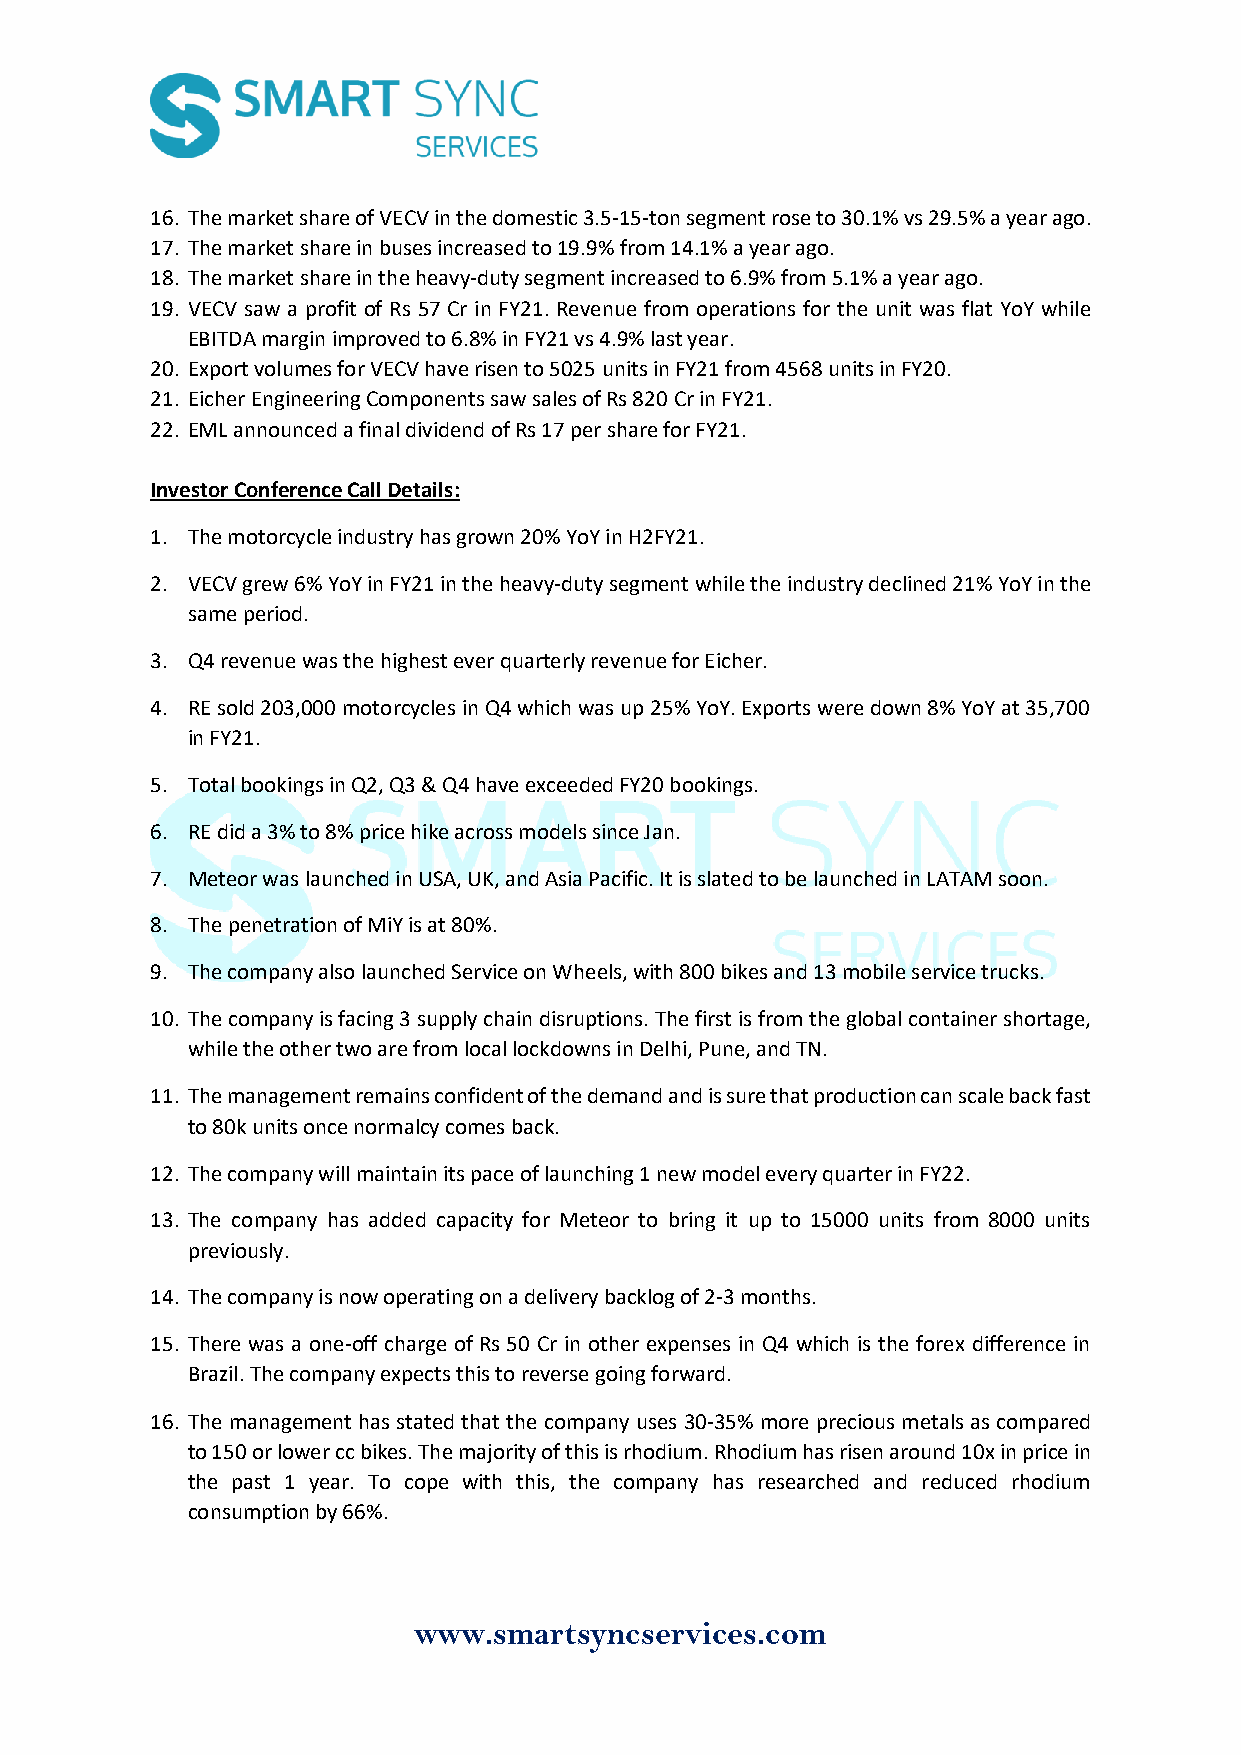
16. The market share of VECV in the domestic 3.5-15-ton segment rose to 30.1% vs 29.5% a year ago.
 17. The market share in buses increased to 19.9% from 14.1% a year ago.
 18. The market share in the heavy-duty segment increased to 6.9% from 5.1% a year ago.
 19. VECV saw a profit of Rs 57 Cr in FY21. Revenue from operations for the unit was flat YoY while
 EBITDA margin improved to 6.8% in FY21 vs 4.9% last year.
 20. Export volumes for VECV have risen to 5025 units in FY21 from 4568 units in FY20.
 21. Eicher Engineering Components saw sales of Rs 820 Cr in FY21.
 22. EML announced a final dividend of Rs 17 per share for FY21.
 Investor Conference Call Details:
 1. The motorcycle industry has grown 20% YoY in H2FY21.
 2. VECV grew 6% YoY in FY21 in the heavy-duty segment while the industry declined 21% YoY in the
 same period.
 3. Q4 revenue was the highest ever quarterly revenue for Eicher.
 4. RE sold 203,000 motorcycles in Q4 which was up 25% YoY. Exports were down 8% YoY at 35,700
 in FY21.
 5. Total bookings in Q2, Q3 & Q4 have exceeded FY20 bookings.
 6. RE did a 3% to 8% price hike across models since Jan.
 7. Meteor was launched in USA, UK, and Asia Pacific. It is slated to be launched in LATAM soon.
 8. The penetration of MiY is at 80%.
 9. The company also launched Service on Wheels, with 800 bikes and 13 mobile service trucks.
 10. The company is facing 3 supply chain disruptions. The first is from the global container shortage,
 while the other two are from local lockdowns in Delhi, Pune, and TN.
 11. The management remains confident of the demand and is sure that production can scale back fast
 to 80k units once normalcy comes back.
 12. The company will maintain its pace of launching 1 new model every quarter in FY22.
 13. The company has added capacity for Meteor to bring it up to 15000 units from 8000 units
 previously.
 14. The company is now operating on a delivery backlog of 2-3 months.
 15. There was a one-off charge of Rs 50 Cr in other expenses in Q4 which is the forex difference in
 Brazil. The company expects this to reverse going forward.
 16. The management has stated that the company uses 30-35% more precious metals as compared
 to 150 or lower cc bikes. The majority of this is rhodium. Rhodium has risen around 10x in price in
 the past 1 year. To cope with this, the company has researched and reduced rhodium
 consumption by 66%.
 www.smartsyncservices.com